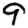
Digit: 9